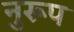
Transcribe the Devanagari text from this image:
नुरूप